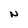
Character: N